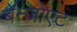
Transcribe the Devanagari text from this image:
बेन्जोएट